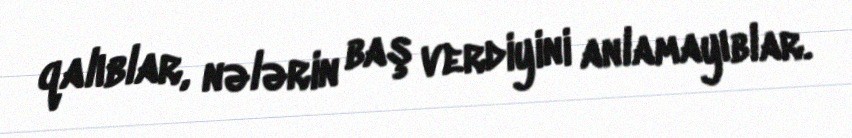
qalıblar, nələrin baş verdiyini anlamayıblar.